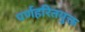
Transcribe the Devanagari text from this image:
पर्णहरितयुक्त